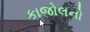
કાજોલનો